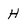
Character: H